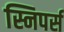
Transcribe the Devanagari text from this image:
स्निपर्स